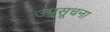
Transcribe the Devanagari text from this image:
उपसूचना